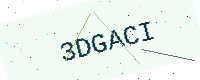
Text: 3DGACI